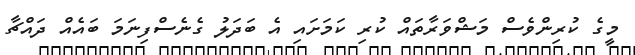
މީގެ ކުރިންވެސް މަޝްވަރާތައް ކުރި ކަމަށައި އެ ބަދަލު ގެނެސްފިނަމަ ބައެއް ދައްޗާ